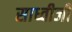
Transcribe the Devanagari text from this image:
साध्वीजी